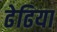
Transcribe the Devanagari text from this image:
ढेढिया